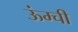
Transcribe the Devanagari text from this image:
ऊंम्ची